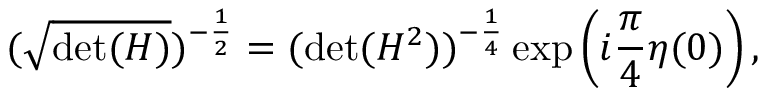
( \sqrt { \mathrm { d e t } ( H ) } ) ^ { - \frac { 1 } { 2 } } = ( \mathrm { d e t } ( H ^ { 2 } ) ) ^ { - \frac { 1 } { 4 } } \exp \left( i \frac { \pi } { 4 } \eta ( 0 ) \right) ,